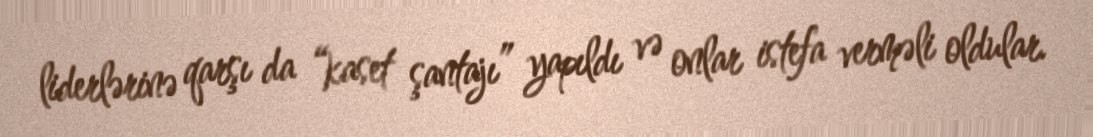
liderlərinə qarşı da “kaset şantajı” yapıldı və onlar istefa verməli oldular.